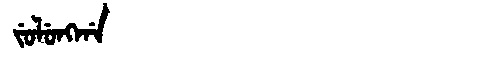
Manchu: ᠵᡠᠯᡠᠩᡤᠠ
Romanization: JULUNGGA